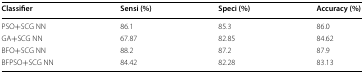
<table><thead><tr><td><b>Classifier</b></td><td><b>Sensi (%)</b></td><td><b>Speci (%)</b></td><td><b>Accuracy (%)</b></td></tr></thead><tbody><tr><td>PSO+SCG NN</td><td>86.1</td><td>85.3</td><td>86.0</td></tr><tr><td>GA+SCG NN</td><td>67.87</td><td>82.85</td><td>84.62</td></tr><tr><td>BFO+SCG NN</td><td>88.2</td><td>87.2</td><td>87.9</td></tr><tr><td>BFPSO+SCG NN</td><td>84.42</td><td>82.28</td><td>83.13</td></tr></tbody></table>